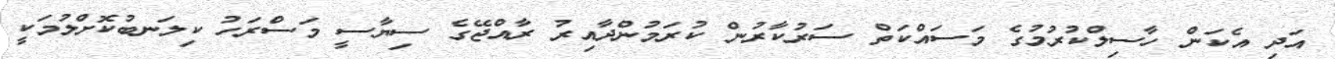
އަދި އެކަން ހާސިލްކުރުމުގެ މަސައްކަތް ސަރުކާރުން ކުރަމުންދާއިރު ރާއްޖޭގެ ސިޔާސީ މަސްރަހު ކިލަނބުކޮށްލުމަކީ